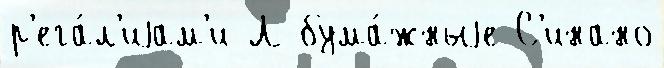
р'ега́л'иjам'и Л бума́жныjе С'инано